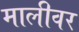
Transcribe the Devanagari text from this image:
मालीवर